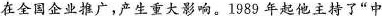
在全国企业推广，产生重大影响。1989年起他主持了”中